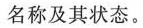
名称及其状态。